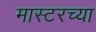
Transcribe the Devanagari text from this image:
मास्टरच्या